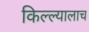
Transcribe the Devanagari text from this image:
किल्ल्यालाच